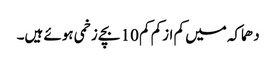
دھماکہ میں کم ازکم کم 10 بچے زخمی ہوئے ہیں۔